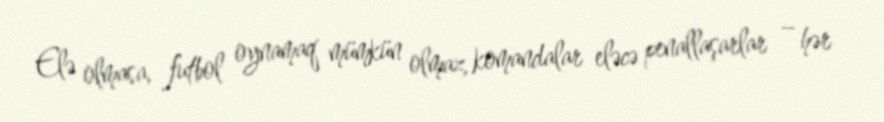
Elə olmasa, futbol oynamaq mümkün olmaz, komandalar eləcə penallaşarlar – hər